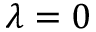
\lambda = 0